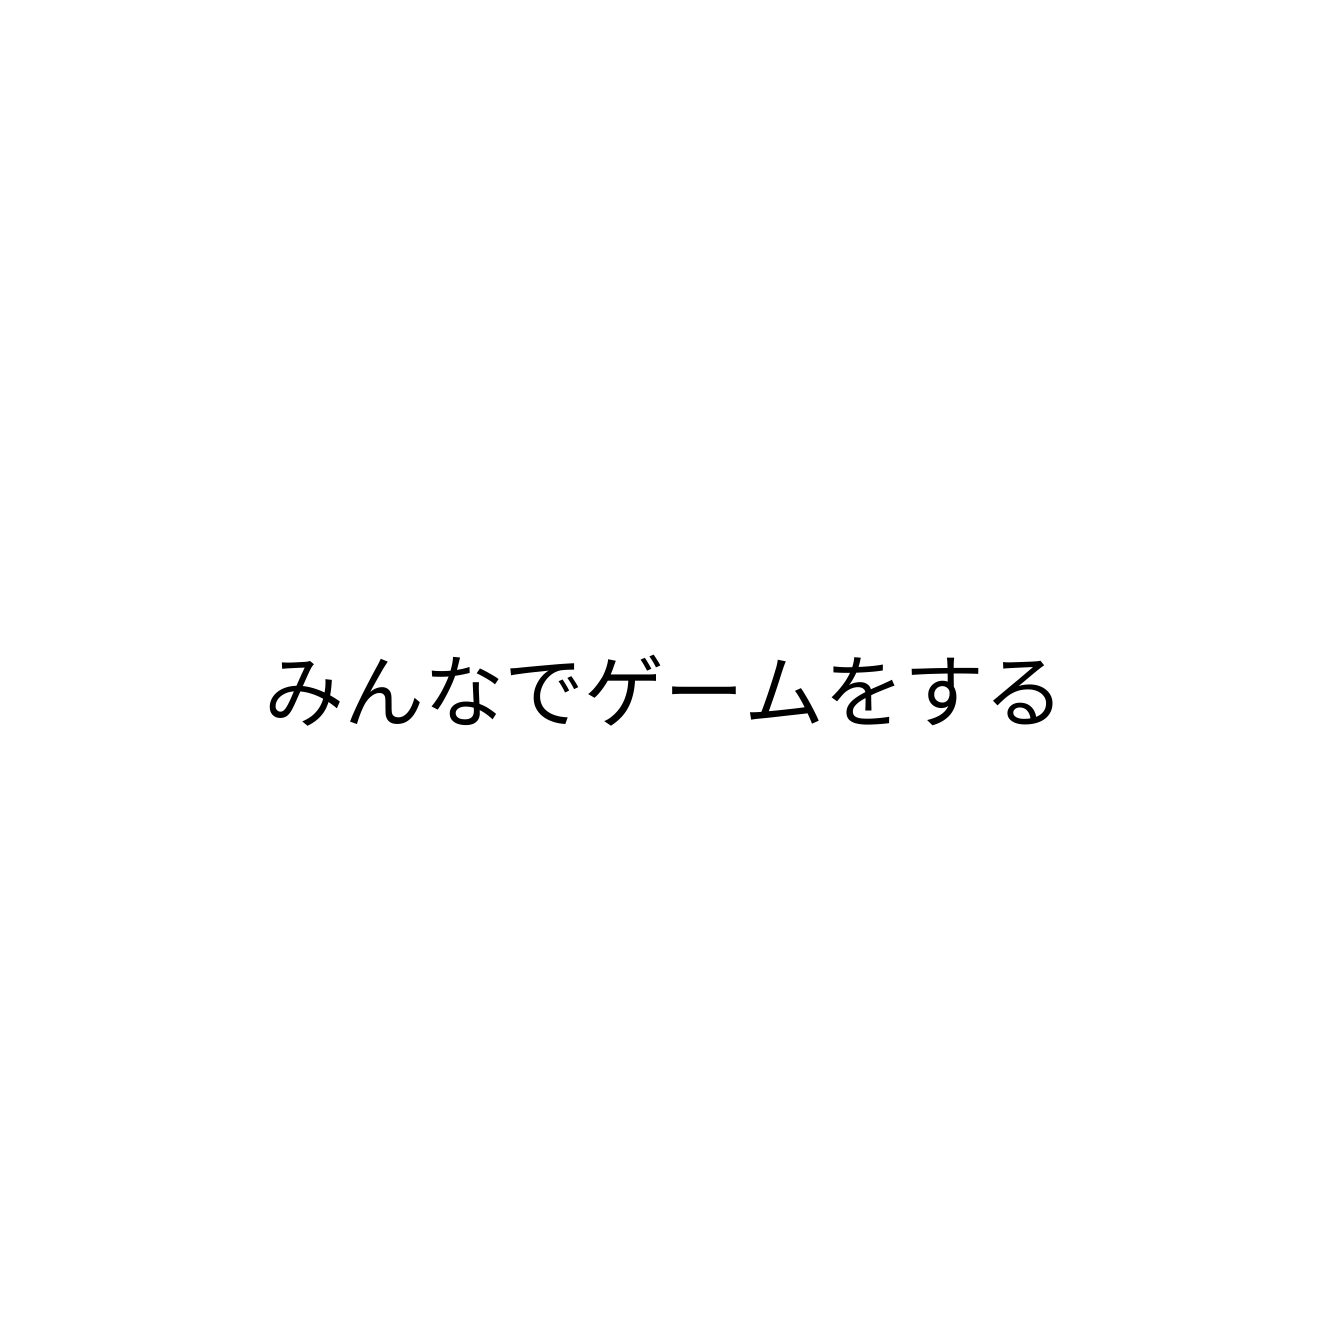
みんなでゲームをする